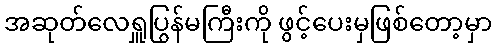
အဆုတ်လေရှူပြွန်မကြီးကို ဖွင့်ပေးမှဖြစ်တော့မှာ